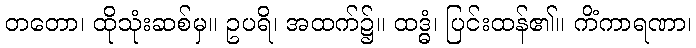
တတော၊ ထိုသုံးဆစ်မှ။ ဥပရိ၊ အထက်၌။ ထဒ္ဓံ၊ ပြင်းထန်၏။ ကိံကာရဏာ၊